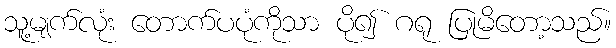
သူ့မျက်လုံး တောက်ပပုံကိုသာ ပို၍ ဂရု ပြုမိတော့သည်။